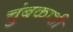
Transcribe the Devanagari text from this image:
चुंबकाशी